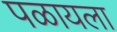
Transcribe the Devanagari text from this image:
पळायला